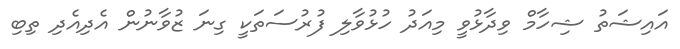
އައިޝަތު ޝިހާމް ވިދާޅުވީ މިއަދު ހުޅުވާލި ފުރުސަތަކީ ގިނަ ޒުވާނުން އެދިއެދި ތިބި